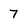
Character: 7